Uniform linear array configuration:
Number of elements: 32
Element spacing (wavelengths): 0.5
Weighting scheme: exponential
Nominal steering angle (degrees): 15
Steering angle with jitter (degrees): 14.943
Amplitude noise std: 0.05
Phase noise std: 0.05

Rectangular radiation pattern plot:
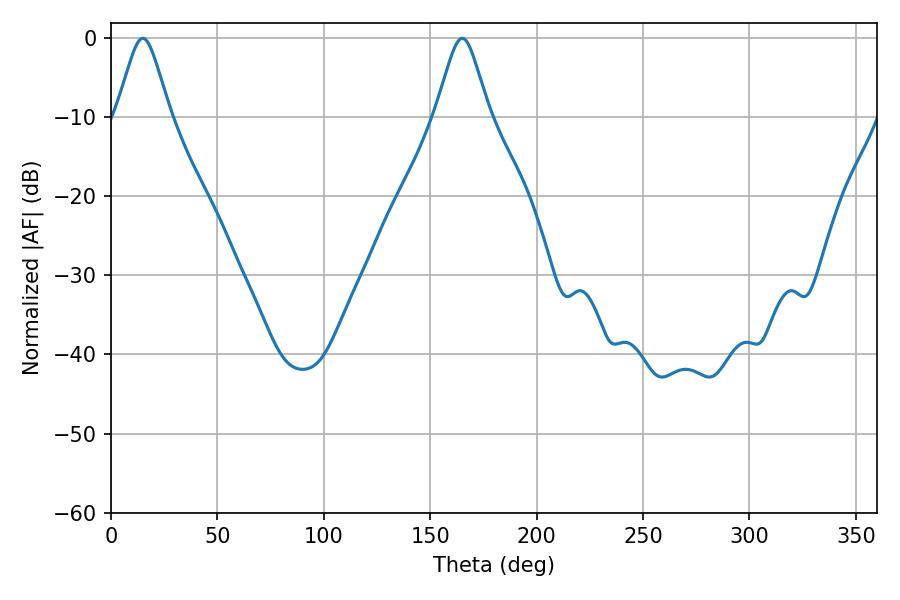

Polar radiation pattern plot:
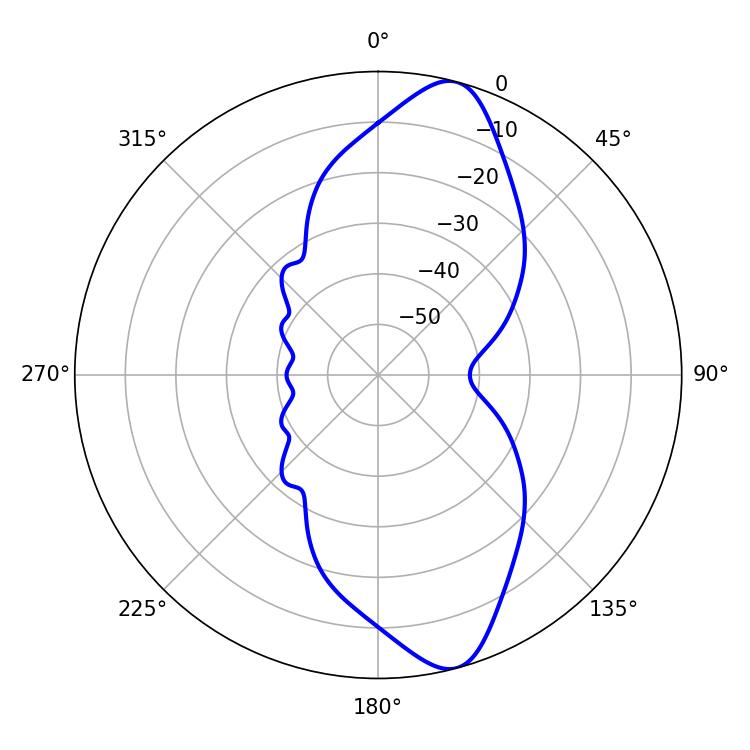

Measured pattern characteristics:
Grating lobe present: FALSE
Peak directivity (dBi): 11.697
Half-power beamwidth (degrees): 12.06
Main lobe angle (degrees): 14.94